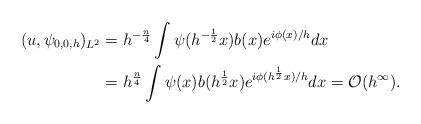
LaTeX: \begin{align*}(u, \psi_{0,0,h})_{L^2}&=h^{-\frac{n}{4}}\int \psi(h^{-\frac{1}{2}}x)b(x)e^{i\phi(x)/h} dx\\&=h^{\frac{n}{4}}\int \psi(x)b(h^{\frac{1}{2}}x)e^{i\phi(h^{\frac{1}{2}}x)/h} dx=\mathcal{O}(h^{\infty}).\end{align*}